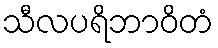
သီလပရိဘာဝိတံ